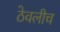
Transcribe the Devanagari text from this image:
ठेवलीच